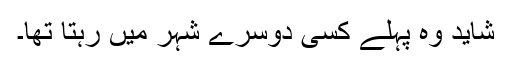
شاید وہ پہلے کسی دوسرے شہر میں رہتا تھا۔